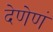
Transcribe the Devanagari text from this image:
देणेणं